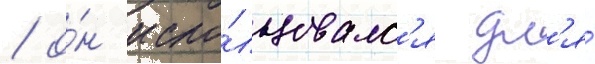
/ о́н испо́льзовалс'я дл'я́